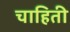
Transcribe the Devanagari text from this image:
चाहिती